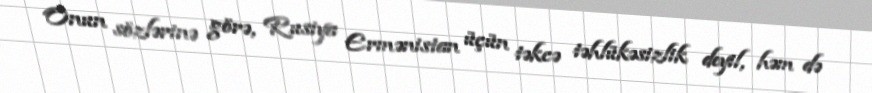
Onun sözlərinə görə, Rusiya Ermənistan üçün təkcə təhlükəsizlik deyil, həm də